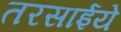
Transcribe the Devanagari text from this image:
तरसाईये